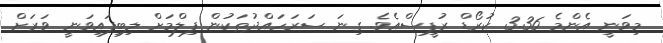
މިވަނީ އެންމެ 3.36 ކުރޯޑް ރުޕީސްއެވެ. ގިނަ ސަރަހައްދުތަކުން ފިލްމަށް ލިބިފައިވަނީ ވަރަށް